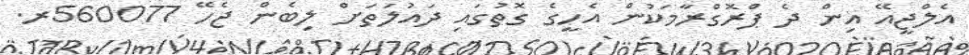
އެލްޖީއޭ އިން ދެ ޕްރޮގްރާމަކުން އެހީގެ ގޮތުގައި ދައުލަތަށް ލިބެން ޖެހޭ 560077ރ.